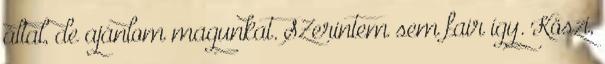
által, de ajánlom magunkat. SZerintem sem fair így. Köszi,